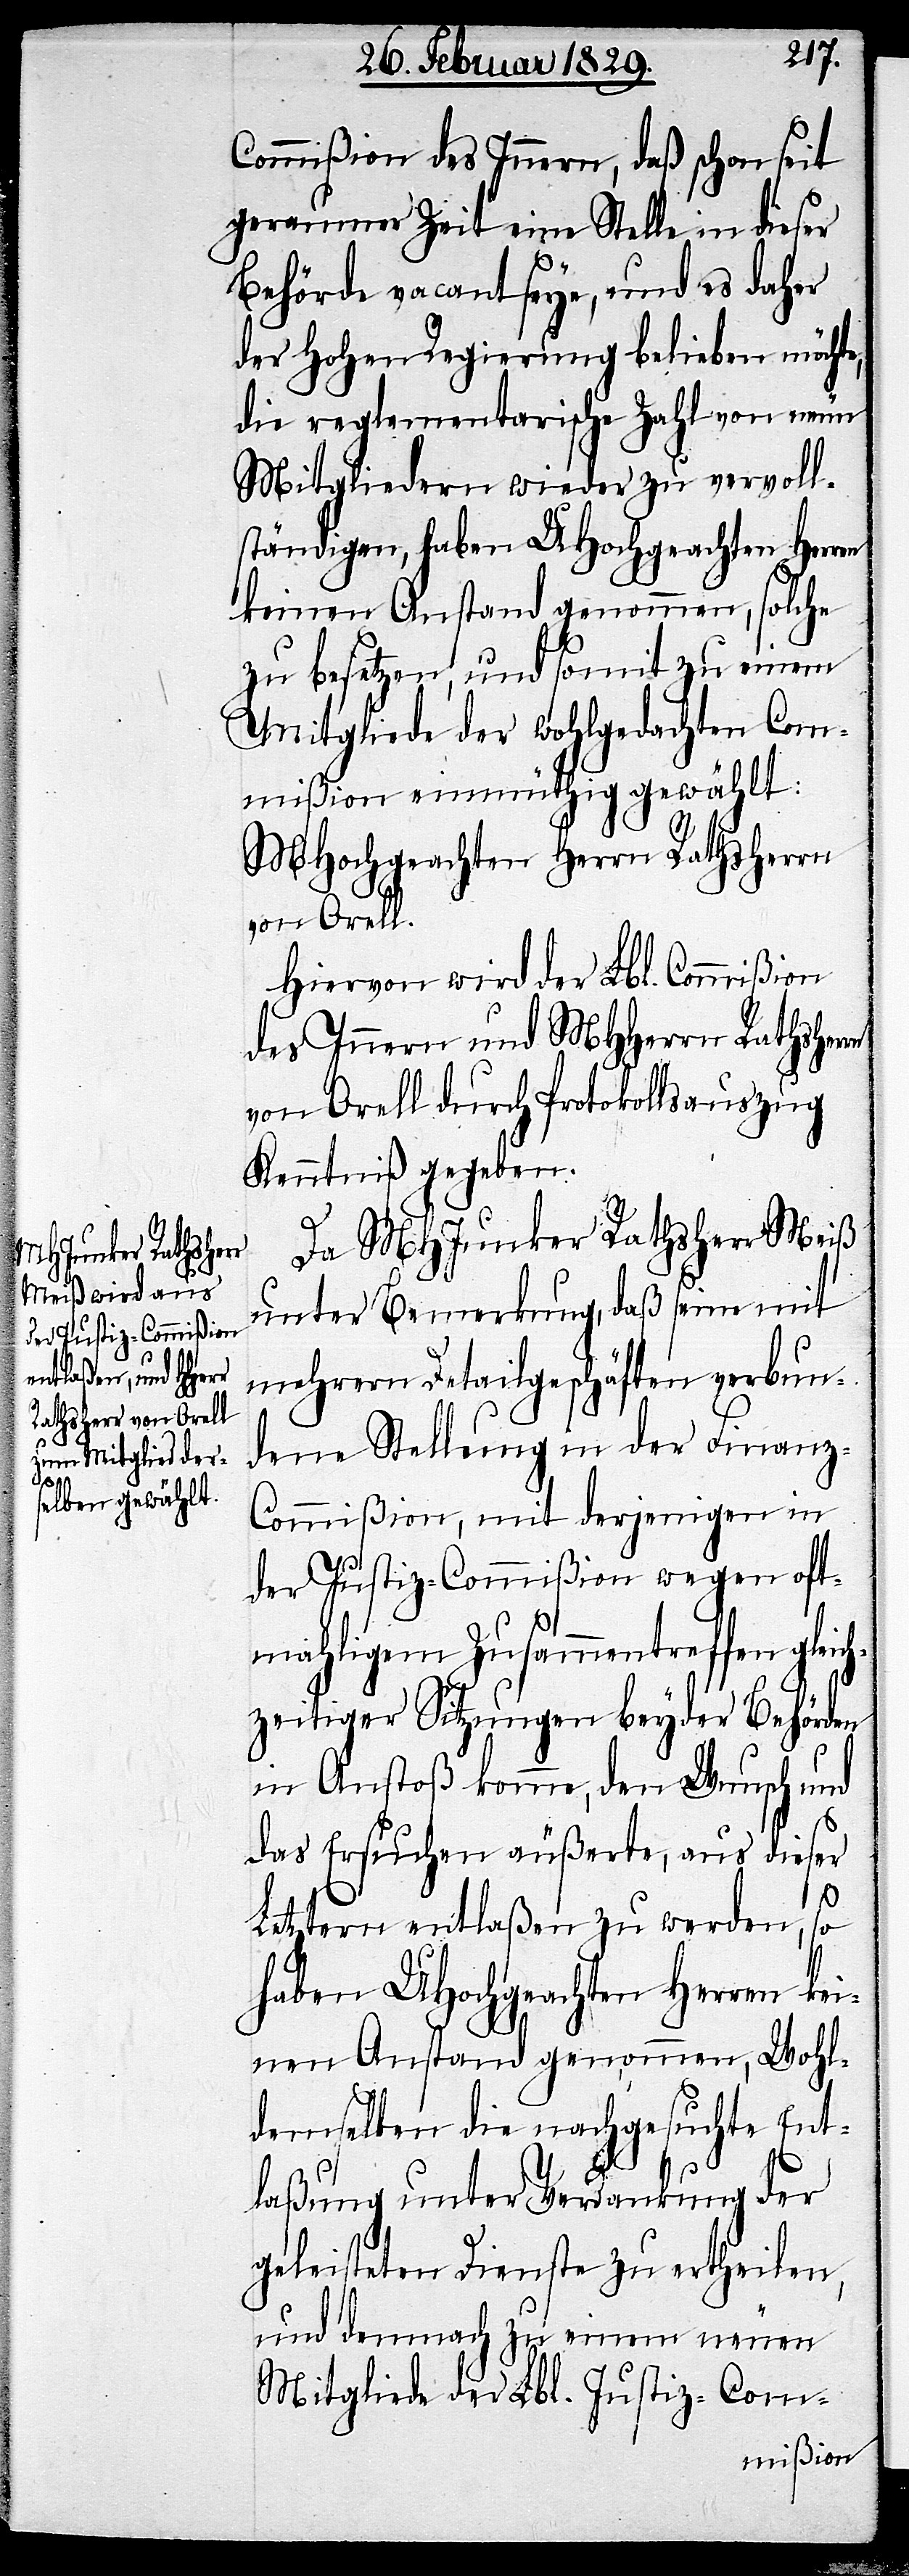
Commißion des Innern, daß schon seit
geraumer Zeit eine Stelle in dieser
Behörde vacant seye, und es daher
der Hohen Regierung belieben möchte,
die reglementarische Zahl von neun
Mitgliedern wieder zu vervoll¬
ständigen, haben UHochgeachten Herren
keinen Anstand genommen, solche
zu besetzen, und somit zu einem
Mitgliede der wohlgedachten Com¬
mißion einmüthig gewählt:
MHochgeachten Herrn Rathsherrn
von Orell.
Hiervon wird der Lbl. Commißion
des Innern und MHHerrn Rathsherrn
von Orell durch Protokollsauszug
Kenntniß gegeben.
Da MHJunker Rathsherr Meiß
unter Bemerkung, daß seine mit
mehrern Detailgeschäften verbun¬
dene Stellung in der Finanz-C¬
ommißion, mit derjenigen in
der Justiz-Commißion wegen oft¬
mahligem Zusammentreffen gleich¬
zeitiger Sitzungen beyder Behörden
in Anstoß komme, den Wunsch und
das Ersuchen äußerte, aus dieser
Letztern entlaßen zu werden, so
haben UHochgeachten Herren kei¬
nen Anstand genommen, Wohl¬
demselben die nachgesuchte Ent¬
laßung unter Verdankung der
geleisteten Dienste zu ertheilen,
und demnach zu einem neuen
Mitglied der Lbl. Justiz-Com-